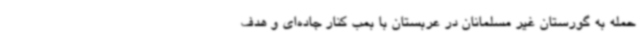
حمله به گورستان غیر مسلمانان در عربستان با بمب کنار جاده‌ای و هدف